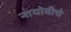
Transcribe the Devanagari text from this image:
नायोबीचे